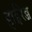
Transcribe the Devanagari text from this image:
हाईरेन्ज